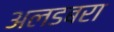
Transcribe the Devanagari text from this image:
अलडबरा